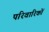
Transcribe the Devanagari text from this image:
परिवारिकों